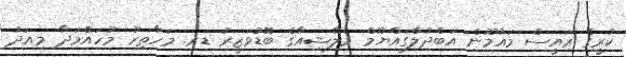
ކުރީގެ ރައީސް މައުމޫން އަބްދުލްގައްޔޫމް މެލޭޝިއާގެ ބޮޑުވަޒީރު ޑރ. މަހާތިރު މުހައްމަދާ މިއަދު